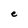
Character: e